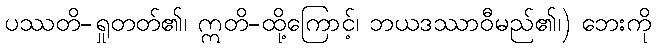
ပဿတိ-ရှုတတ်၏၊ ဣတိ-ထို့ကြောင့်၊ ဘယဒဿာဝီမည်၏၊) ဘေးကို